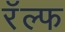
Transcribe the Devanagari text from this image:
रॅल्फ